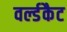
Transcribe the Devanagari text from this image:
वर्ल्डकैट